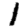
Digit: 1